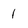
Character: 1